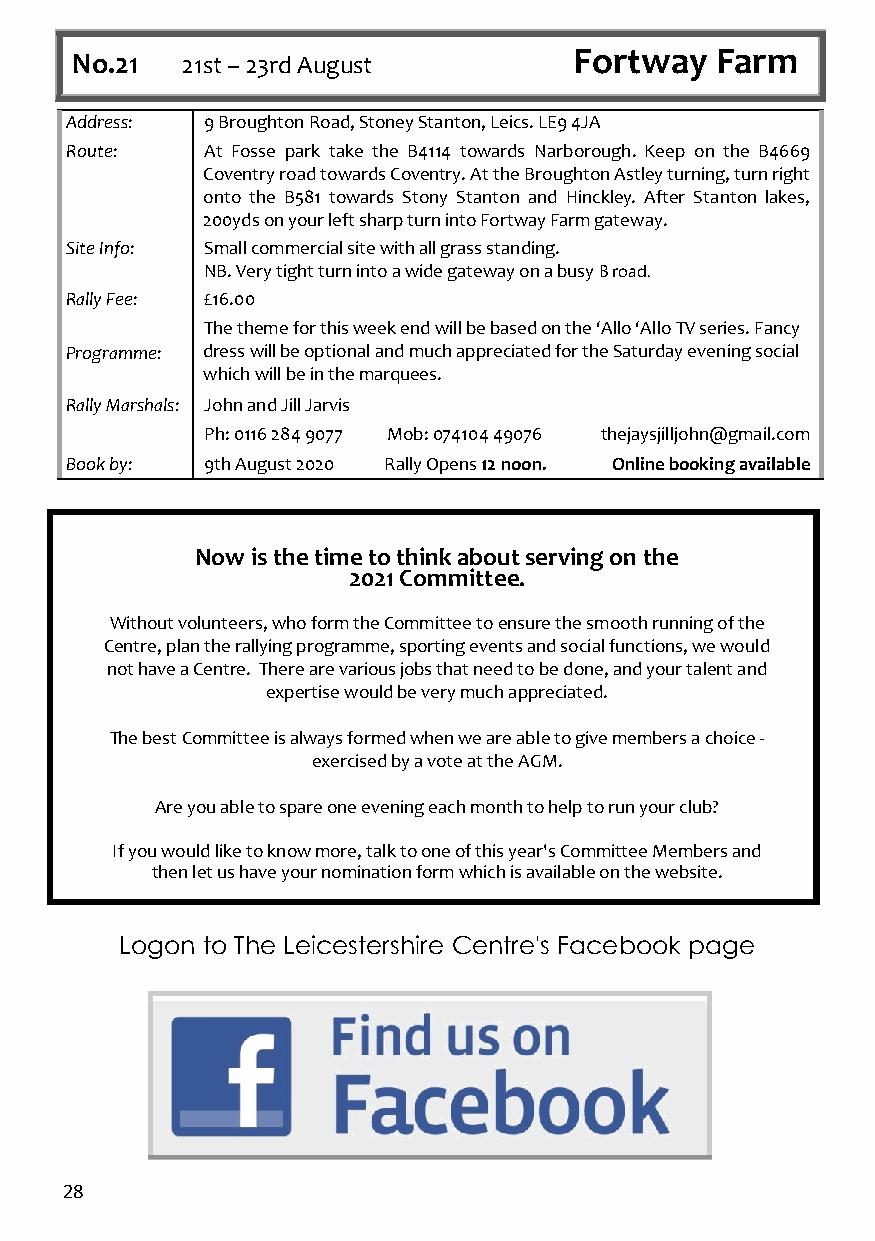
No.21  21st – 23rd August        Fortway  Farm
 Address:  9 Broughton Road, Stoney Stanton, Leics. LE9 4JA
 Route:    At Fosse park take the B4114 towards Narborough. Keep on the B4669
 Coventry road towards Coventry. At the Broughton Astley turning, turn right
 onto the B581 towards Stony Stanton and Hinckley. After Stanton lakes,
 200yds on your left sharp turn into Fortway Farm gateway.
 Site Info: Small commercial site with all grass standing.
 NB. Very tight turn into a wide gateway on a busy B road.
 Rally Fee: £16.00
 The theme for this week end will be based on the ‘Allo ‘Allo TV series. Fancy
 Programme: dress will be optional and much appreciated for the Saturday evening social
 which will be in the marquees.
 Rally Marshals: John and Jill Jarvis
 Ph: 0116 284 9077 Mob: 074104 49076 thejaysjilljohn@gmail.com
 Book by:  9th August 2020 Rally Opens 12 noon. Online booking available
 Now is the time to think about serving on the
 2021 Committee.
 Without volunteers, who form the Committee to ensure the smooth running of the
 Centre, plan the rallying programme, sporting events and social functions, we would
 not have a Centre. There are various jobs that need to be done, and your talent and
 expertise would be very much appreciated.
 The best Committee is always formed when we are able to give members a choice -
 exercised by a vote at the AGM.
 Are you able to spare one evening each month to help to run your club?
 If you would like to know more, talk to one of this year's Committee Members and
 then let us have your nomination form which is available on the website.
 Logon to The Leicestershire Centre's Facebook page
 28